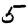
Digit: 5